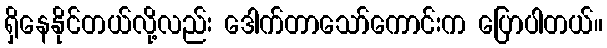
ရှိနေနိုင်တယ်လို့လည်း ဒေါက်တာသော်ကောင်းက ပြောပါတယ်။